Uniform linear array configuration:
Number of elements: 8
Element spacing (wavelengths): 0.75
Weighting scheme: kaiser
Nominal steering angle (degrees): -15
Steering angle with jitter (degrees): -13.93
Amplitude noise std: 0.05
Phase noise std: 0.05

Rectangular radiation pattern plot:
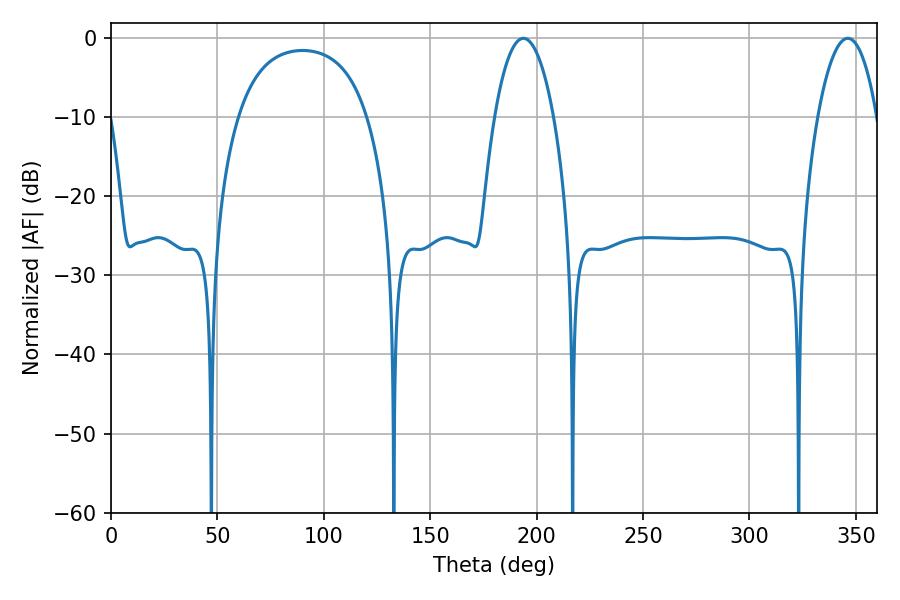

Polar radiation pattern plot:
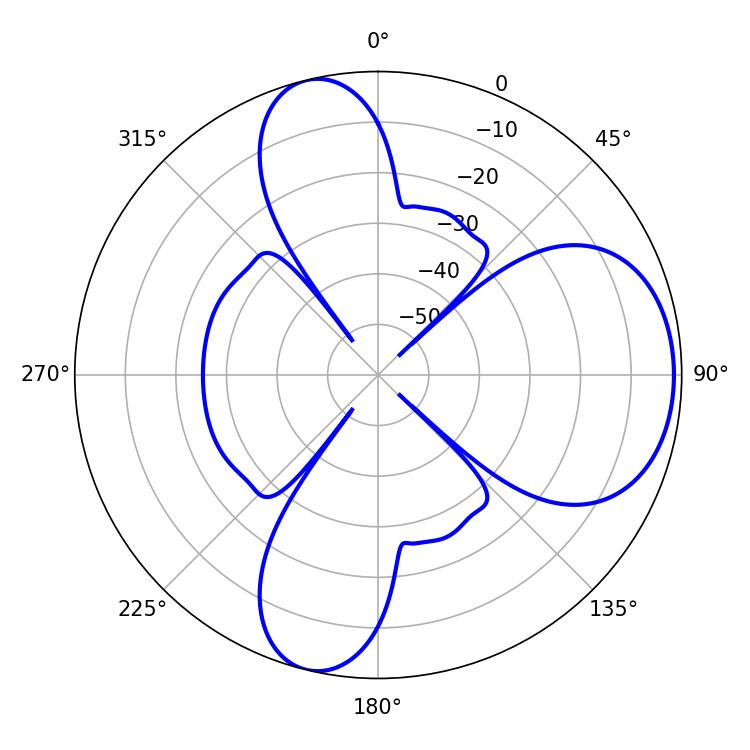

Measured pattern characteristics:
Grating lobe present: TRUE
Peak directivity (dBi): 7.564
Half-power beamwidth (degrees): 15.48
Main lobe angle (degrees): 193.86